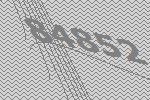
84852